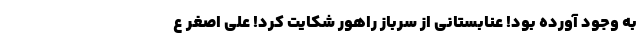
به وجود آورده بود! عنابستانی از سرباز راهور شکایت کرد! علی اصغر ع